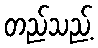
တည်သည့်